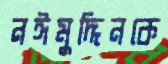
নঈমুদ্দিনকে